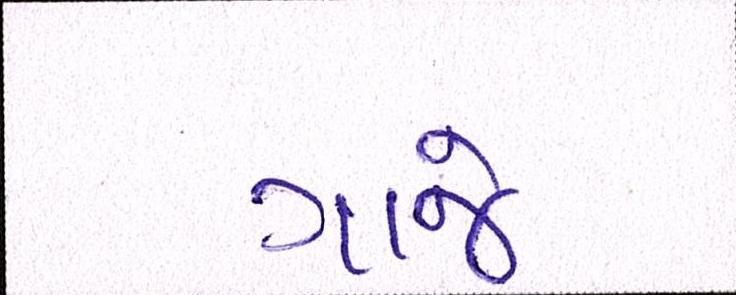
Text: ગાજે